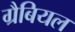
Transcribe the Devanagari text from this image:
ग्रैबियल